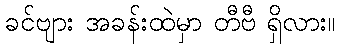
ခင်ဗျား အခန်းထဲမှာ တီဗီ ရှိလား။